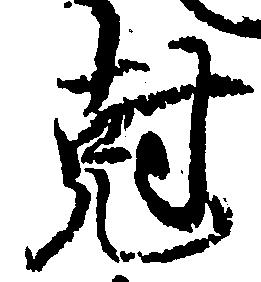
剋